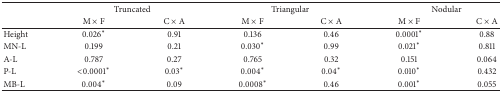
| <ROWSPAN=2>  | <COLSPAN=2> Truncated | <COLSPAN=2> Triangular | <COLSPAN=2> Nodular |
 | M × F | C × A | M × F | C × A | M × F | C × A |
 | --- | --- | --- | --- | --- | --- | --- |
 | Height | 0.026* | 0.91 | 0.136 | 0.46 | 0.0001* | 0.88 |
 | MN-L | 0.199 | 0.21 | 0.030* | 0.99 | 0.021* | 0.811 |
 | A-L | 0.787 | 0.27 | 0.765 | 0.32 | 0.151 | 0.064 |
 | P-L | <0.0001* | 0.03* | 0.004* | 0.04* | 0.010* | 0.432 |
 | MB-L | 0.004* | 0.09 | 0.0008* | 0.46 | 0.001* | 0.055 |